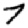
Digit: 7